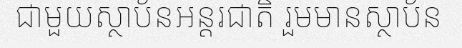
ជាមួយស្ថាប័នអន្តរជាតិ រួមមានស្ថាប័ន